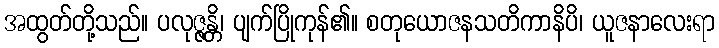
အထွတ်တို့သည်။ ပလုဇ္ဇန္တိ၊ ပျက်ပြိုကုန်၏။ စတုယောဇနသတိကာနိပိ၊ ယူဇနာလေးရာ